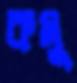
কমু